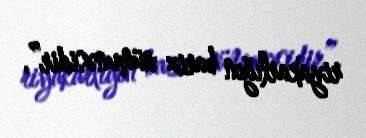
riyakarlığın bariz nümunəsidir”.